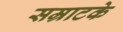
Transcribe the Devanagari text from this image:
सम्राटके